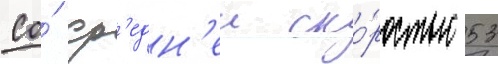
Со́ ср'едн'еи ско́ростью 53